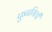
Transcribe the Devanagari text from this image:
फुनगियाँ